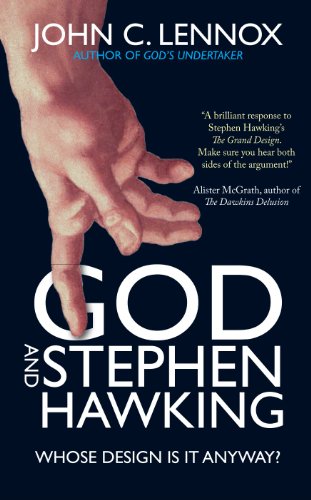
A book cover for God and Stephen Hawking: Whose Design Is It Anyway?; John C. Lennox; Religion & Spirituality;